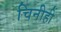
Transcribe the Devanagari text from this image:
चिनीही